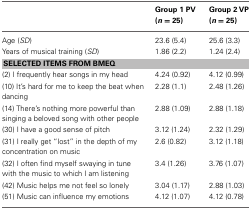
<table><thead><tr><td></td><td><b>Group 1 PV (<i>n</i> = 25)</b></td><td><b>Group 2 VP (<i>n</i> = 25)</b></td></tr></thead><tbody><tr><td>Age (<i>SD</i>)</td><td>23.6 (5.4)</td><td>25.6 (3.3)</td></tr><tr><td>Years of musical training (<i>SD</i>)</td><td>1.86 (2.2)</td><td>1.24 (2.4)</td></tr><tr><td colspan="3"><b>SELECTED ITEMS FROM BMEQ</b></td></tr><tr><td>(2) I frequently hear songs in my head</td><td>4.24 (0.92)</td><td>4.12 (0.99)</td></tr><tr><td>(10) It&#x27;s hard for me to keep the beat when dancing</td><td>2.28 (1.1)</td><td>2.48 (1.26)</td></tr><tr><td>(14) There&#x27;s nothing more powerful than singing a beloved song with other people</td><td>2.88 (1.09)</td><td>2.88 (1.18)</td></tr><tr><td>(30) I have a good sense of pitch</td><td>3.12 (1.24)</td><td>2.32 (1.29)</td></tr><tr><td>(31) I really get “lost” in the depth of my concentration on music</td><td>2.6 (0.82)</td><td>3.12 (1.18)</td></tr><tr><td>(32) I often find myself swaying in tune with the music to which I am listening</td><td>3.4 (1.26)</td><td>3.76 (1.07)</td></tr><tr><td>(42) Music helps me not feel so lonely</td><td>3.04 (1.17)</td><td>2.88 (1.03)</td></tr><tr><td>(51) Music can influence my emotions</td><td>4.12 (1.07)</td><td>4.12 (0.78)</td></tr></tbody></table>